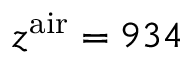
z ^ { \mathrm { a i r } } = 9 3 4